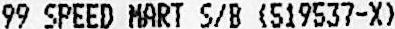
99 SPEED MART S/B (519537-X)